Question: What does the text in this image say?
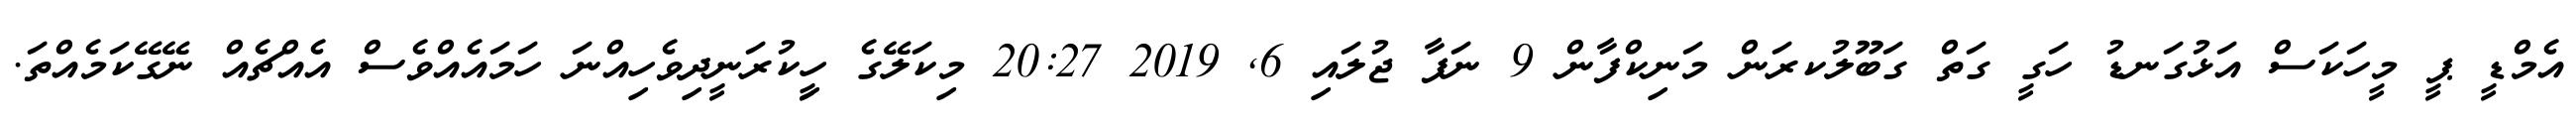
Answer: އެމްޑީ ޕީ މީހަކަސް އަޅުގަނޑު ހަގީ ގަތް ގަބޫލުކރަން މަނިކްފާން 9 ނަފާ ޖުލައި 6, 2019 20:27 މިކަލޭގެ ހީިކުރަނީދިވެހިއްނަ ހަމައެއްވެސް އެއްޗެއް ނޭގޭކަމެއްތަ.